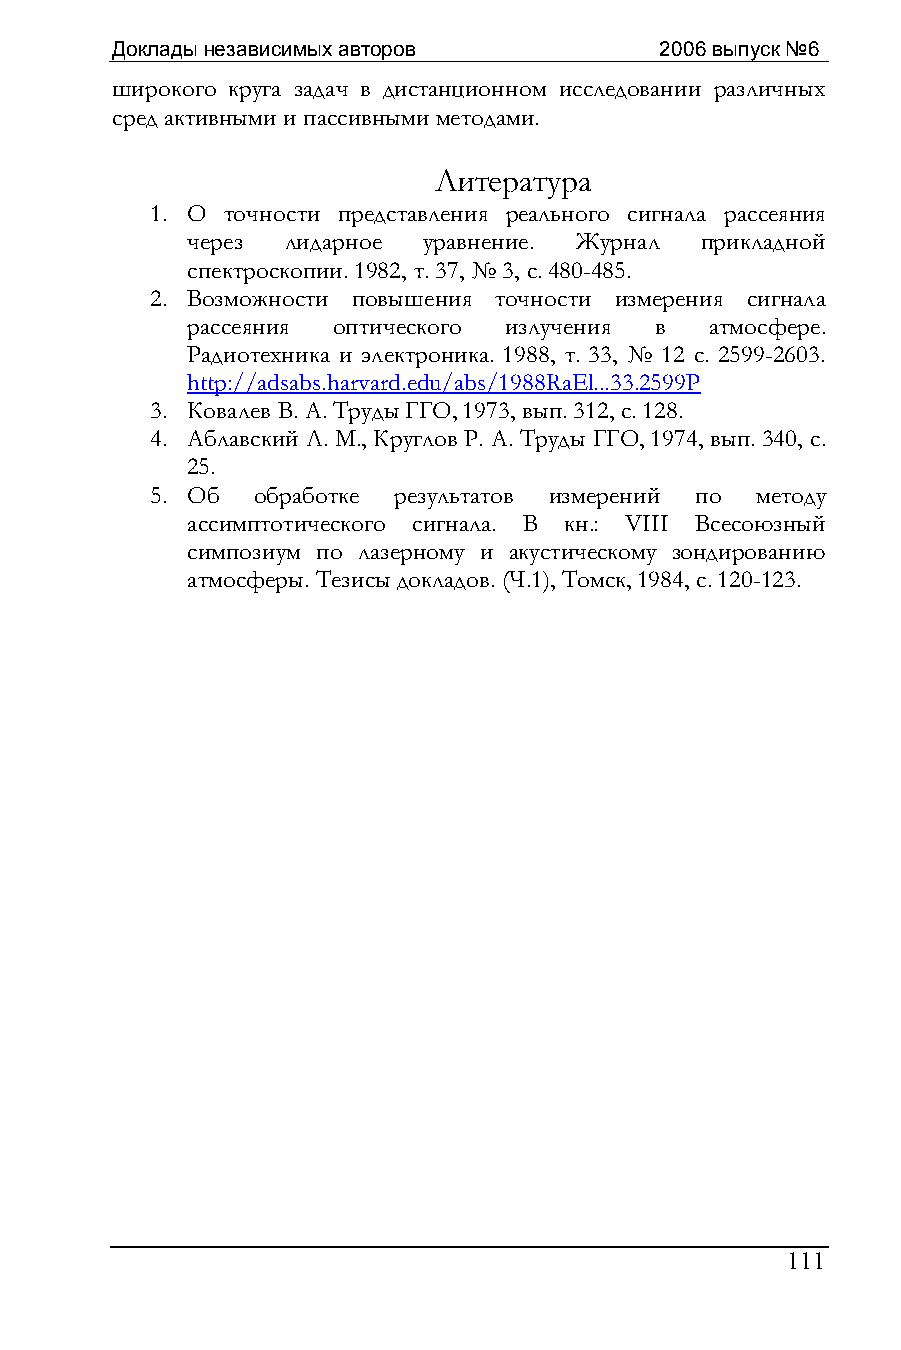
Доклады независимых авторов          2006 выпуск №6
 широкого круга задач в дистанционном исследовании различных
 сред активными и пассивными методами.
 Литература
 1. О точности представления реального сигнала рассеяния
 через  лидарное уравнение. Журнал прикладной
 спектроскопии. 1982, т. 37, № 3, с. 480-485.
 2. Возможности повышения точности измерения сигнала
 рассеяния оптического излучения в  атмосфере.
 Радиотехника и электроника. 1988, т. 33, № 12 с. 2599-2603.
 http://adsabs.harvard.edu/abs/1988RaEl...33.2599P
 3. Ковалев В. А. Труды ГГО, 1973, вып. 312, с. 128.
 4. Аблавский Л. М., Круглов Р. А. Труды ГГО, 1974, вып. 340, с.
 25.
 5. Об  обработке результатов измерений по методу
 ассимптотического сигнала. В кн.: VIII Всесоюзный
 симпозиум по лазерному и акустическому зондированию
 атмосферы. Тезисы докладов. (Ч.1), Томск, 1984, с. 120-123.
 111